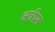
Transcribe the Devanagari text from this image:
अत्रीश